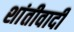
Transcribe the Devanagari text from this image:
शांतीवादी